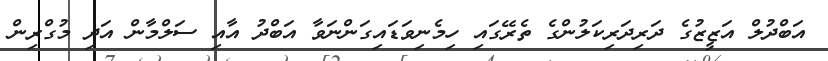
އަބްދުލް އަޒީޒުގެ ދަރިދަރިކަލުންގެ ތެރޭގައި ހިމެނިވަޑައިގަންނަވާ އަބްދު އާއި ސަލްމާން އަދި މުގްރިން